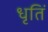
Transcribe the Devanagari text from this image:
धृतिं